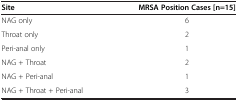
<table><thead><tr><td><b>Site</b></td><td><b>MRSA Position Cases [n=15]</b></td></tr></thead><tbody><tr><td>NAG only</td><td>6</td></tr><tr><td>Throat only</td><td>2</td></tr><tr><td>Peri-anal only</td><td>1</td></tr><tr><td>NAG + Throat</td><td>2</td></tr><tr><td>NAG + Peri-anal</td><td>1</td></tr><tr><td>NAG + Throat + Peri-anal</td><td>3</td></tr></tbody></table>